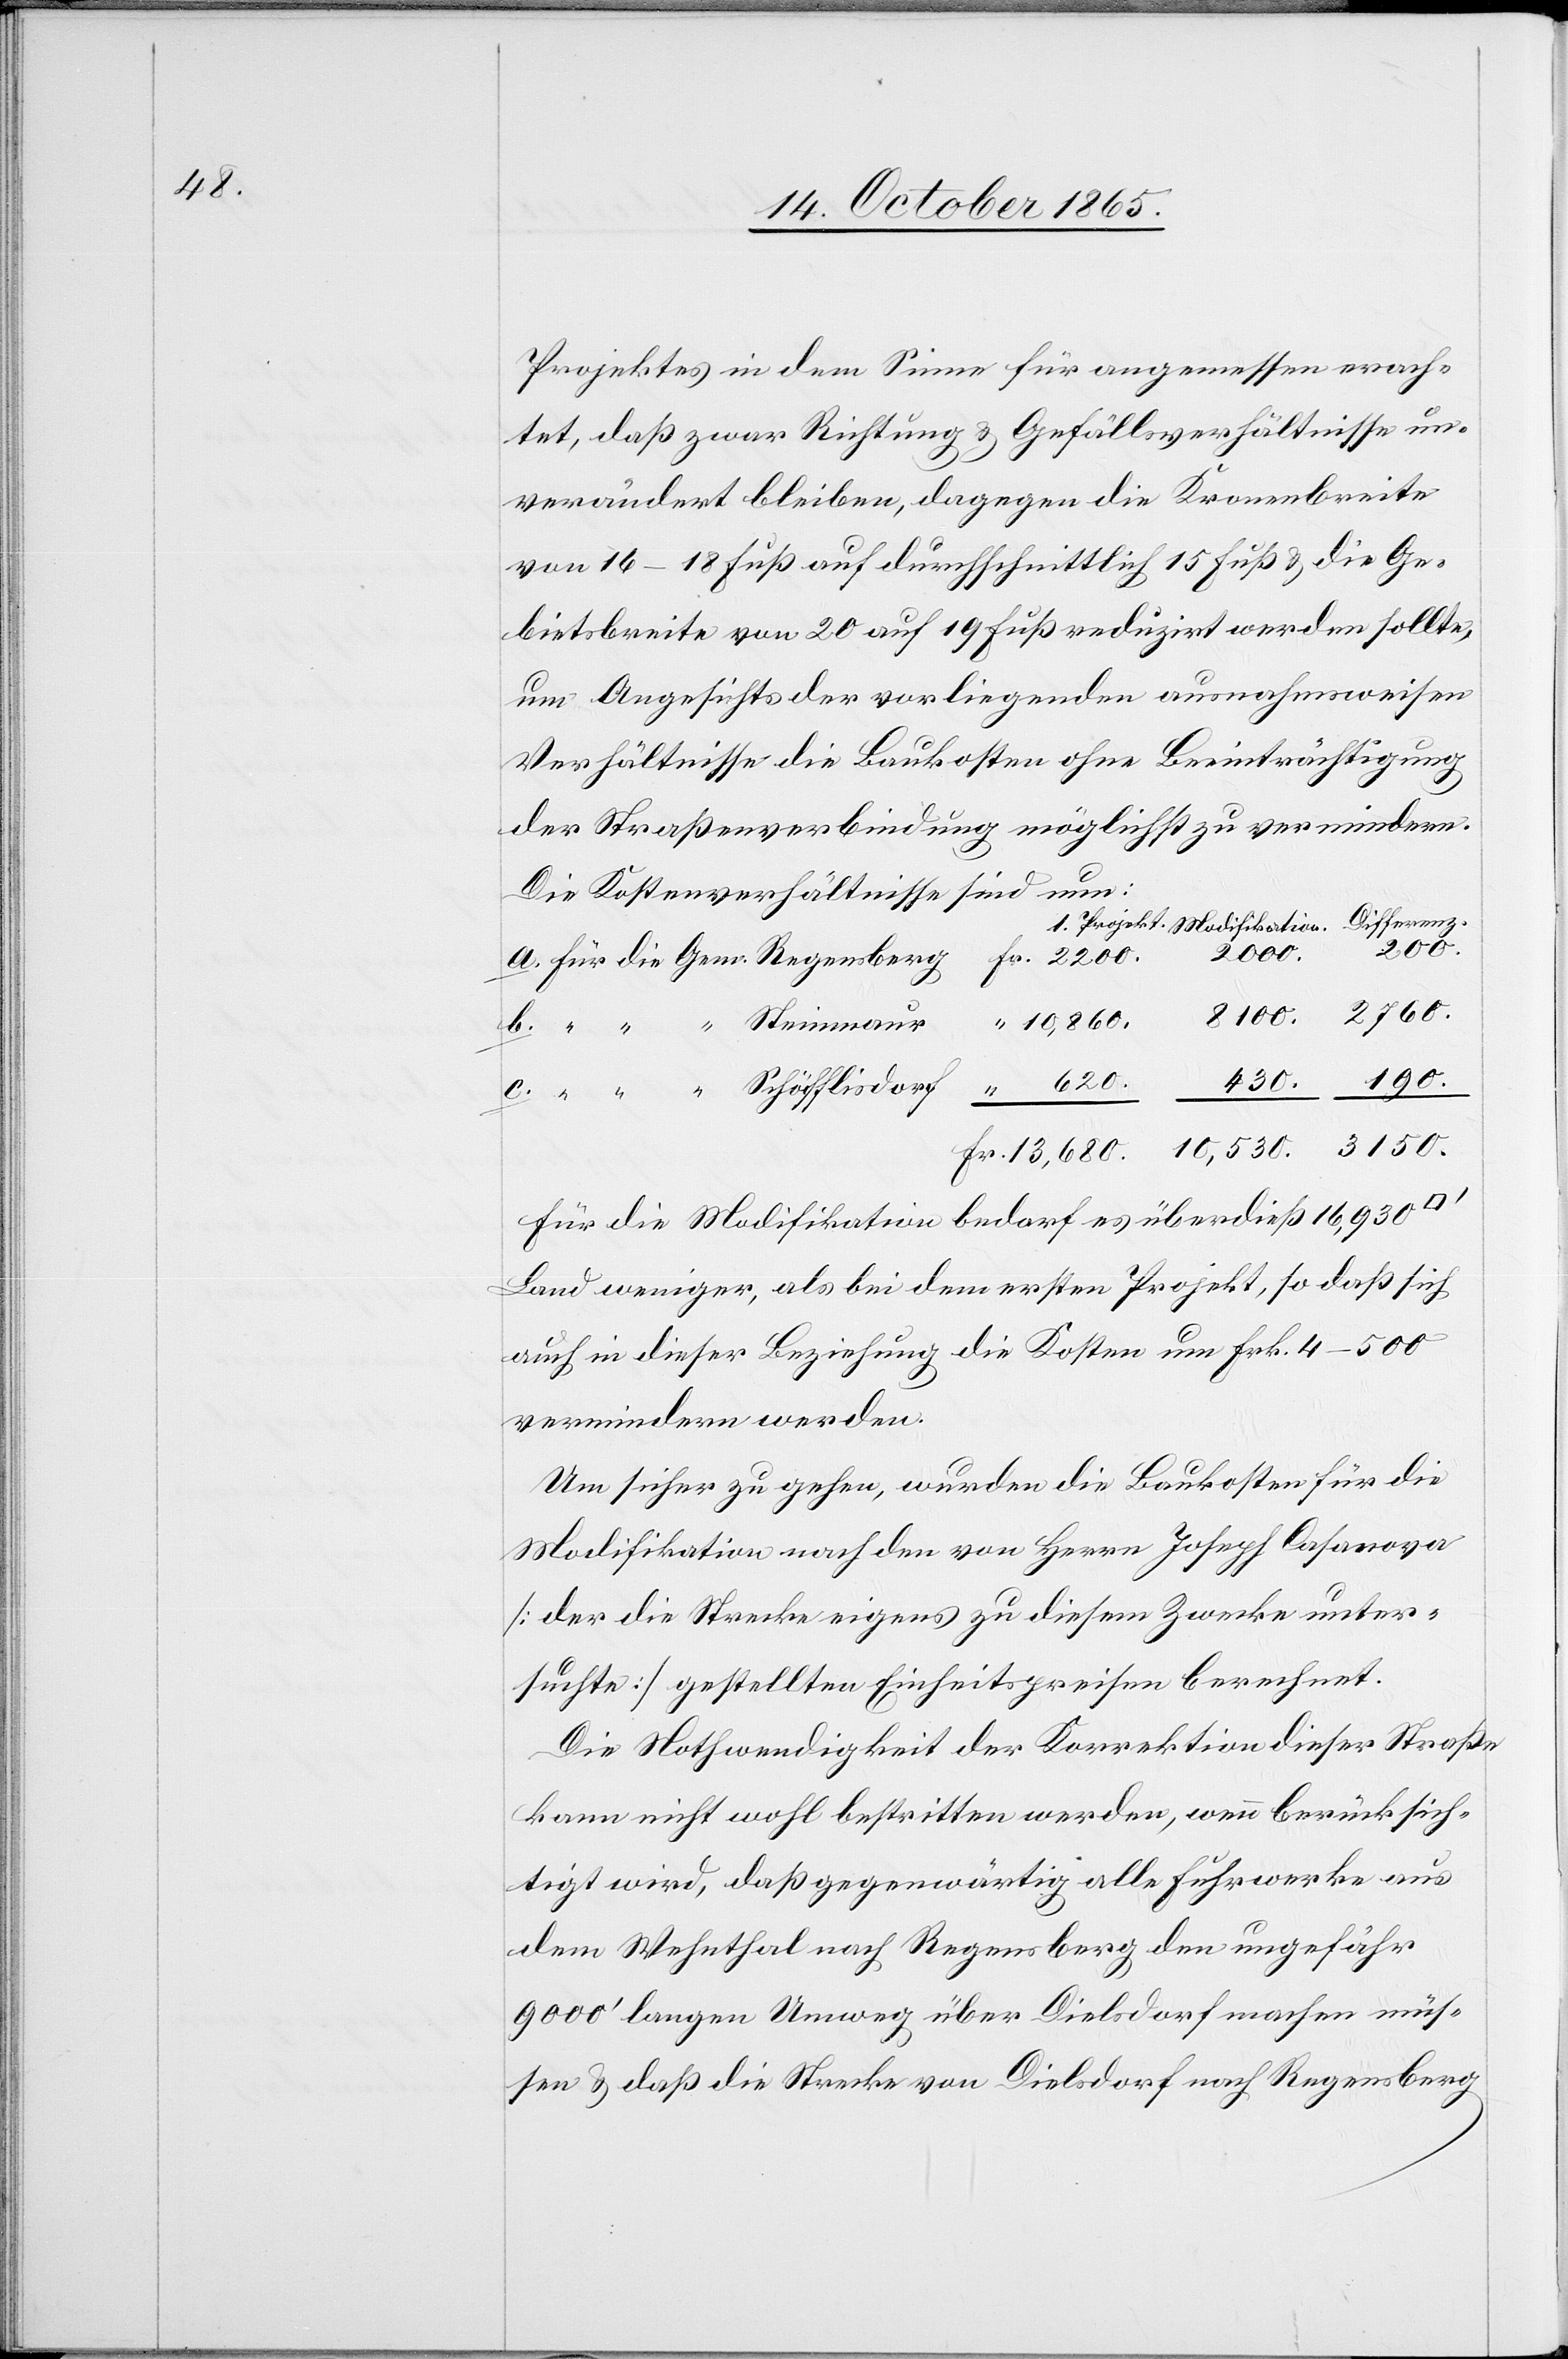
190.

Projektes in dem Sinne für angemessen erach¬
tet, daß zwar Richtung & Gefällsverhältnisse un¬
verändert bleiben, dagegen die Kronenbreite
von 16–18 Fuß auf durchschnittlich 15 Fuß & die Ge¬
bietsbreite von 20 auf 19 Fuß reduzirt werden sollte,
um Angesichts der vorliegenden ausnahmsweisen
Verhältnisse die Baukosten ohne Beeinträchtigung
der Straßenverbindung möglichst zu vermindern.
Die Kostenverhältnisse sind nun:
3150.
8100.
Für die Modifikation bedarf es überdieß 16,930
Land weniger, als bei dem ersten Projekt, so daß sich
auch in dieser Beziehung die Kosten um Frk. 4–500
vermindern werden.
Um sicher zu gehen, wurden die Baukosten für die
Modifikation nach den von Herrn Joseph Casanova
[der die Strecke eigens zu diesem Zwecke unter¬
suchte] gestellten Einheitspreisen berechnet.
Die Nothwendigkeit der Korrektion dieser Straße
kann nicht wohl bestritten werden, wenn berücksich¬
tigt wird, daß gegenwärtig alle Fuhrwerke aus
dem Wehnthal nach Regensberg den ungefähr
9000’ langen Umweg über Dielsdorf machen müs¬
sen & daß die Strecke von Dielsdorf nach Regensberg